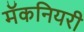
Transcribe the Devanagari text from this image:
मॅकनियरी